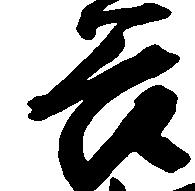
谷